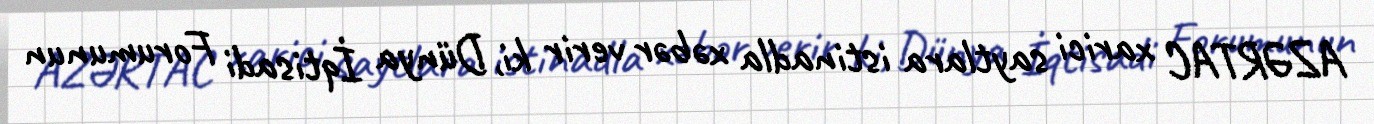
AZƏRTAC xarici saytlara istinadla xəbər verir ki, Dünya İqtisadi Forumunun